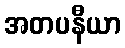
အတပနီယာ